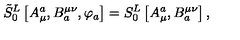
\tilde { S } _ { 0 } ^ { L } \left[ A _ { \mu } ^ { a } , B _ { a } ^ { \mu \nu } , \varphi _ { a } \right] = S _ { 0 } ^ { L } \left[ A _ { \mu } ^ { a } , B _ { a } ^ { \mu \nu } \right] ,